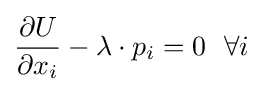
{\frac {\partial U}{\partial x_{i}}}-\lambda \cdot p_{i}=0~~\forall i